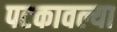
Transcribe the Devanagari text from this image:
पटकावल्या